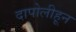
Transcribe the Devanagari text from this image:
दापोलीहून